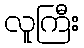
လူကြီး